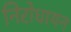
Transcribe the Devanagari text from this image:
निरोधायन